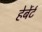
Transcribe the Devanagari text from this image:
हेर्बेर्ट